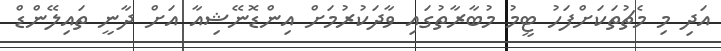
އަދި މި މެޗުތަކަށްފަހު ޓީމު މުބާރާތުގައި ވާދަކުރުމަށް އިންޑޮނޭޝިއާ އަށް ދާނީ ތައިލޭންޑް